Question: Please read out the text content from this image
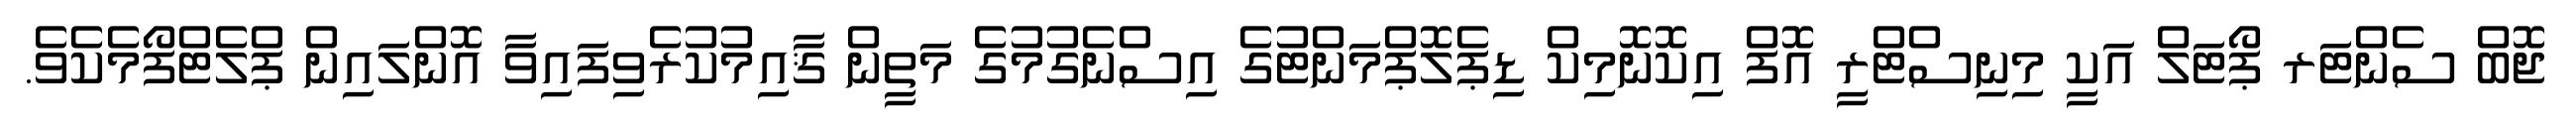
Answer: ޖޮބް ސެންޓަރ ޕޯޓަލް އަކީ މިނިސްޓްރީ އޮފް އިކޮނޮމިކް ޑިޕެލޮޕްމަންޓުގެ އިސްނެގުމުގެ މަތީން ޤާއިމުކުރެވިފައިވާ އޮންލައިން ޕްލެޓްފޯމެކެވެ.